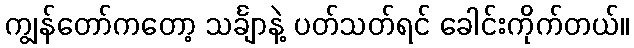
ကျွန်တော်ကတော့ သင်္ချာနဲ့ ပတ်သတ်ရင် ခေါင်းကိုက်တယ်။